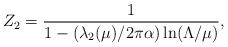
LaTeX: \begin{align*}Z_2={1\over 1-(\lambda_2(\mu)/ 2\pi\alpha)\ln(\Lambda/\mu)},\end{align*}